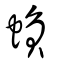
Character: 蝜